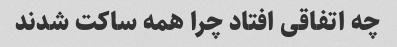
چه اتفاقی افتاد چرا همه ساکت شدند